Madras marine plague regulations
Disease focus: Plague
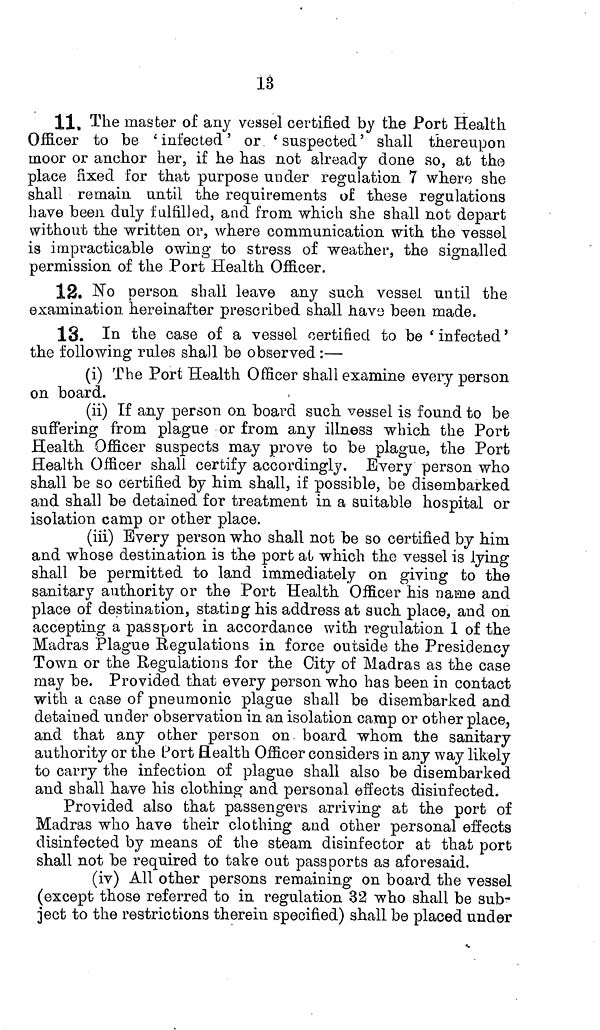
13
11. The master of any vessel certified by tlie Port Health
Officer to be 'infected' or 'suspected' shall thereupon
moor or anchor her, if he has not already done so, at tho
place fixed for that purpose under regulation 7 where she
shall remain until the requirements of these regulations
have been duly fulfilled, and from which she shall not depart
without the written or, where communication with the vessel
is impracticable owing to stress of weather, the signalled
permission of the Port Health Officer.
12. No person shall leave any such vessel until the
examination hereinafter prescribed shall have been made.
13. In the case of a vessel certified to be 'infected'
the following rules shall be observed:—
(i) The Port Health Officer shall examine every person
on board.
(ii) If any person on board such vessel is found to be
suffering from plague or from any illness which the Port
Health Officer suspects may prove to be plague, the Port
Health Officer shall certify accordingly. Every person who
shall be so certified by him shall, if possible, be disembarked
and shall be detained for treatment in a suitable hospital or
isolation camp or other place.
(iii) Every person who shall not be so certified by him
and whose destination is the port at which the vessel is lying
shall be permitted to land immediately on giving to the
sanitary authority or the Port Health Officer his name and
place of destination, stating his address at such place, and on
accepting a passport in accordance with regulation 1 of the
Madras Plague Regulations in force outside the Presidency
Town or the Regulations for the City of Madras as the case
may be. Provided that every person who has been in contact
with a case of pneumonic plague shall be disembarked and
detained under observation in an isolation camp or other place,
and that any other person on board whom the sanitary
authority or the Port Health Officer considers in any way likely
to carry the infection of plague shall also be disembarked
and shall have his clothing and personal effects disinfected.
Provided also that passengers arriving at the port of
Madras who have their clothing and other personal effects
disinfected by means of the steam disinfector at that port
shall not be required to take out passports as aforesaid.
(iv) All other persons remaining on board the vessel
(except those referred to in regulation 32 who shall be sub-
ject to the restrictions therein specified) shall be placed under